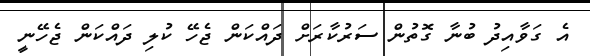
އެ ގަވާއިދު ބުނާ ގޮތުން ސަރުކާރަށް ދައްކަން ޖެހޭ ކުލި ދައްކަން ޖެހޭނީ